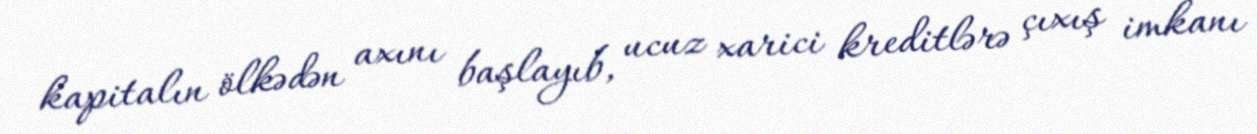
kapitalın ölkədən axını başlayıb, ucuz xarici kreditlərə çıxış imkanı